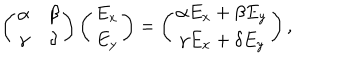
\left( \begin{matrix} { { \alpha } } & { { \beta } } \\ { { \gamma } } & { { \delta } } \\ \end{matrix} \right) \left( \begin{matrix} { { E _ { x } } } \\ { { E _ { y } } } \\ \end{matrix} \right) = \left( \begin{matrix} { { \alpha E _ { x } + \beta E _ { y } } } \\ { { \gamma E _ { x } + \delta E _ { y } } } \\ \end{matrix} \right) ,